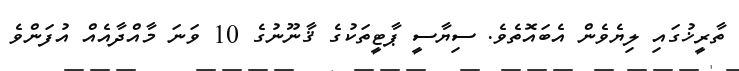
ތާރީޚުގައި ލިޔެވެން އެބައޮތެވެ. ސިޔާސީ ޕާޓީތަކުގެ ޤާނޫނުގެ 10 ވަނަ މާއްދާއެއް އުފަންވެ